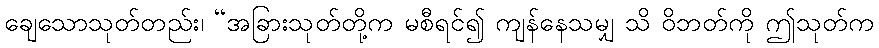
ချေသောသုတ်တည်း၊ “အခြားသုတ်တို့က မစီရင်၍ ကျန်နေသမျှ သိ ဝိဘတ်ကို ဤသုတ်က